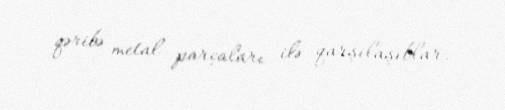
qəribə metal parçaları ilə qarşılaşıblar.